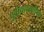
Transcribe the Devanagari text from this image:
पूर्वव्यावसायिक